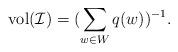
LaTeX: \begin{align*}\mathrm{vol}(\mathcal{I})=(\sum_{w\in W}q(w))^{-1}.\end{align*}